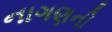
નાગણની